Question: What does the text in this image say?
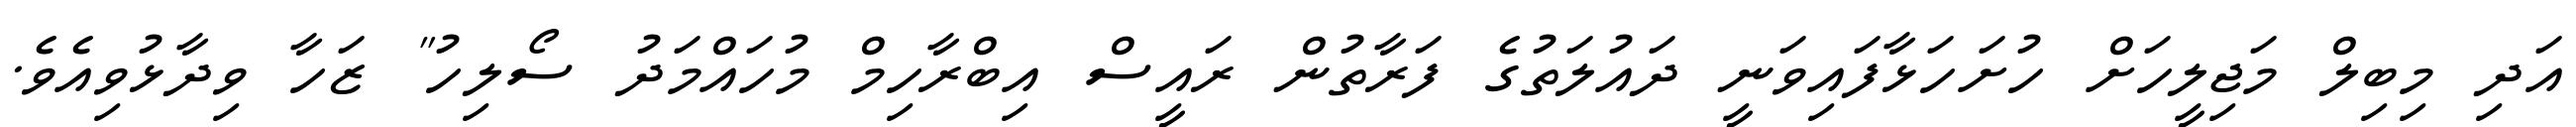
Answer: އަދި މިބިލް މަޖިލީހަށް ހުށަހަޅާފައިވަނީ ދައުލަތުގެ ފަރާތުން ރައީސް އިބްރާހިމް މުހައްމަދު ސޯލިހު" ޒަހާ ވިދާޅުވިއެވެ.